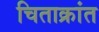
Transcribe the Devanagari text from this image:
चिताक्रांत